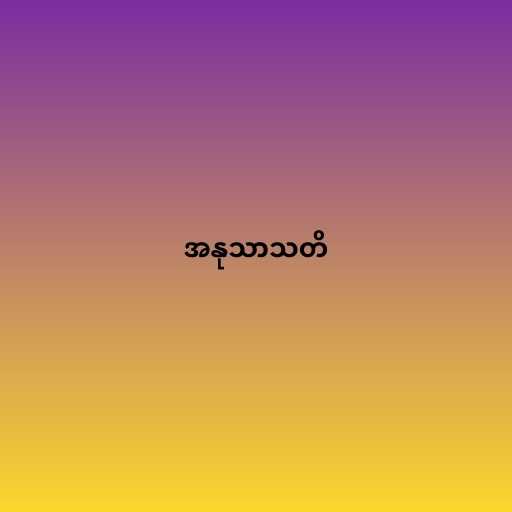
အနုသာသတိ